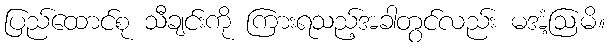
ပြည်ထောင်စု သီချင်းကို ကြားရသည့်အခါတွင်လည်း မအံ့ဩမိ။